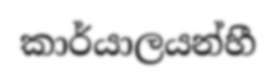
කාර්යාලයන්හී